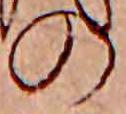
の